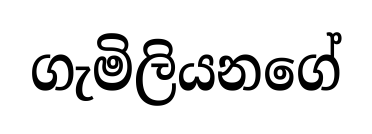
ගැමිලියනගේ